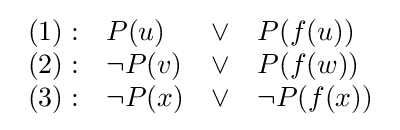
{\begin{array}{rlcl}(1):&P(u)&\lor &P(f(u))\\(2):&\lnot P(v)&\lor &P(f(w))\\(3):&\lnot P(x)&\lor &\lnot P(f(x))\\\end{array}}